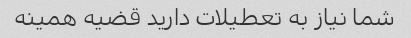
شما نیاز به تعطیلات دارید قضیه همینه